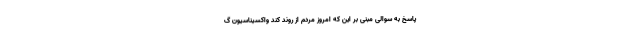
پاسخ به سوالی مبنی بر این که امروز مردم از روند کند واکسیناسیون گ